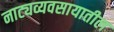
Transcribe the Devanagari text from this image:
नाट्यव्यवसायातील